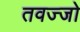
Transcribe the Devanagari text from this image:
तवज्‍जो